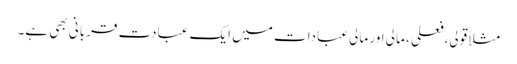
مثلاً قولی،فعلی ، مالی اور مالی عبادات میں ایک عبادت قربانی بھی ہے۔